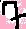
Text: 7